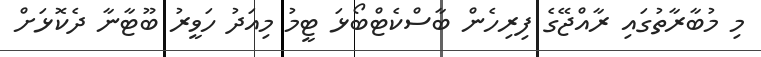
މި މުބާރާތުގައި ރާއްޖޭގެ ފިރިހެން ބާސްކެޓްބޯޅަ ޓީމު މިއަދު ހަވީރު ބޫޓާނާ ދެކޮޅަށް